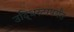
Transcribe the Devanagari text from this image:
उद्धिस्टापर्यंत